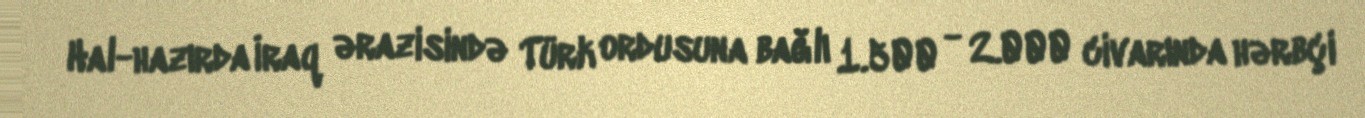
Hal-hazırda İraq ərazisində Türk ordusuna bağlı 1.500 - 2.000 civarında hərbçi